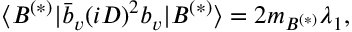
\langle B ^ { ( * ) } \vert \bar { b } _ { v } ( i D ) ^ { 2 } b _ { v } \vert B ^ { ( * ) } \rangle = 2 m _ { B ^ { ( * ) } } \lambda _ { 1 } , \nonumber